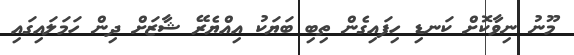
މޫނު ނިވާކޮށް ކަނޑި ހިފައިގެން ތިބި ބަޔަކު އިއްޔެރޭ ޝާޒަށް ދިން ހަމަލައިގައި